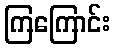
ကြကြောင်း